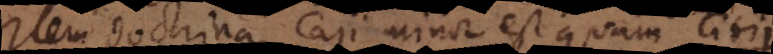
item doctrina Caji minor est quam Titii,